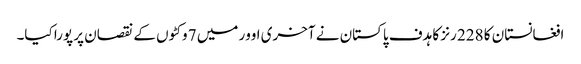
افغانستان کا 228 رنز کا ہدف پاکستان نے آخری اوور میں 7 وکٹوں کے نقصان پر پورا کیا۔